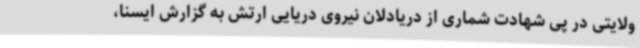
ولایتی در پی شهادت شماری از دریادلان نیروی دریایی ارتش به گزارش ایسنا،